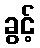
ခွင့်